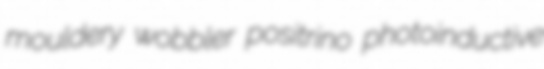
mouldery wobbler positrino photoinductive